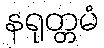
နရုတ္တမံ